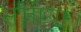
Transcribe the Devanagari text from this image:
संजोया।